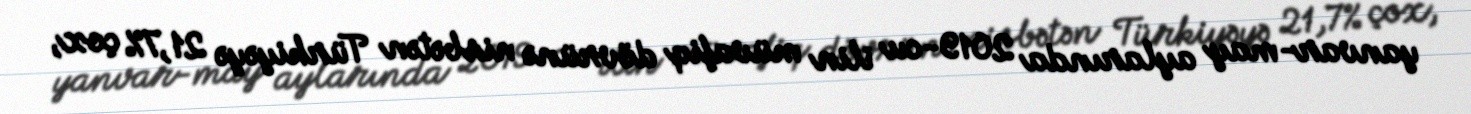
yanvar-may aylarında 2019-cu ilin müvafiq dövrünə nisbətən Türkiyəyə 21,7% çox,